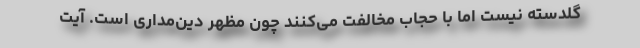
گلدسته نیست اما با حجاب مخالفت می‌کنند چون مظهر دین‌مداری است. آیت